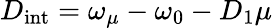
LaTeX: D_{\mathrm{int}}=\omega_{\mu}-\omega_{0}-D_{1}\mu